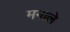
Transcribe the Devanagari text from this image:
मनाले